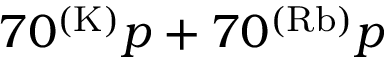
7 0 ^ { ( \mathrm { K ) } } p + 7 0 ^ { ( \mathrm { R b ) } } p